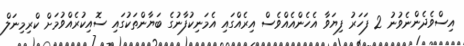
އިސްވެދެންނެވުނު 2 ފަހަރު ފިޔަވާ އެހެންއެއްވެސް އިރެއްގައި އެމަނިކުފާނުގެ ބަޔާންތަކުގައި ސޮއިކުރެއްވުމަށް ކްރިމިނަލް